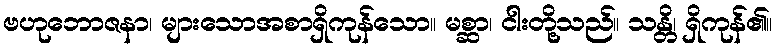
ဗဟုဘောဇနာ၊ များသောအစာရှိကုန်သော။ မစ္ဆာ၊ ငါးတို့သည်။ သန္တိ၊ ရှိကုန်၏။